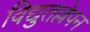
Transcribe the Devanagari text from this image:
विद्युतल्लेपन